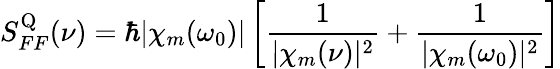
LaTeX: S_{FF}^{\mathrm{Q}}(\nu)=\hbar|\chi_{m}(\omega_{0})|\left[\frac{1}{|\chi_{m}(\nu)|^{2}}+\frac{1}{|\chi_{m}(\omega_{0})|^{2}}\right]